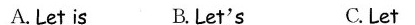
A.Let is B.Let's C.Let